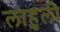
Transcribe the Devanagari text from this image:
लाहुली